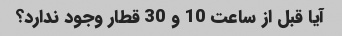
آیا قبل از ساعت 10 و 30 قطار وجود ندارد؟